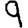
Digit: 9